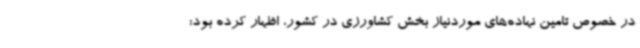
در خصوص تامین نهاده‌های موردنیاز بخش کشاورزی در کشور، اظهار کرده بود: